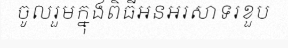
ចូលរួមក្នុងពិធីអនអរសាទរខួប